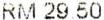
RM 29.50